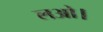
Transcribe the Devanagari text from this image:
लओ।